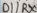
Text: D1/RX